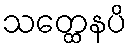
သတ္ထေနပိ